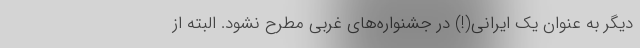
دیگر به عنوان یک ایرانی(!) در جشنواره‌های غربی مطرح نشود. البته از